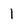
Character: 1